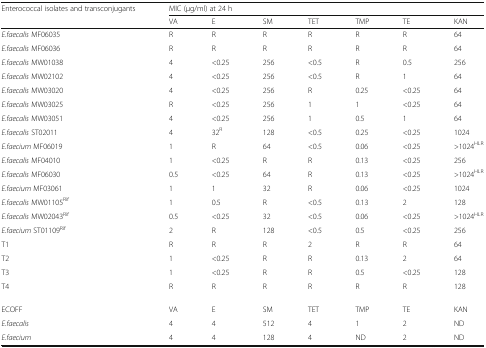
| Enterococcal isolates and transconjugants | <COLSPAN=7> MIC (μg/ml) at 24 h |
 |  | VA | E | SM | TET | TMP | TE | KAN |
 | --- | --- | --- | --- | --- | --- | --- | --- |
 | E.faecalis MF06035 | R | R | R | R | R | R | 64 |
 | E.faecalis MF06036 | R | R | R | R | R | R | 64 |
 | E.faecalis MW01038 | 4 | <0.25 | 256 | <0.5 | R | 0.5 | 256 |
 | E.faecalis MW02102 | 4 | <0.25 | 256 | <0.5 | R | 1 | 64 |
 | E.faecalis MW03020 | 4 | <0.25 | 256 | R | 0.25 | <0.25 | 64 |
 | E.faecalis MW03025 | R | <0.25 | 256 | 1 | 1 | <0.25 | 64 |
 | E.faecalis MW03051 | 4 | <0.25 | 256 | 1 | 0.5 | 1 | 64 |
 | E.faecalis ST02011 | 4 | 32R | 128 | <0.5 | 0.25 | <0.25 | 1024 |
 | E.faecium MF06019 | 1 | R | 64 | <0.5 | 0.06 | <0.25 | >1024HLR |
 | E.faecalis MF04010 | 1 | <0.25 | R | R | 0.13 | <0.25 | 256 |
 | E.faecalis MF06030 | 0.5 | <0.25 | 64 | R | 0.13 | <0.25 | >1024HLR |
 | E.faecium MF03061 | 1 | 1 | 32 | R | 0.06 | <0.25 | 1024 |
 | E.faecalis MW01105Rif | 1 | 0.5 | R | <0.5 | 0.13 | 2 | 128 |
 | E.faecalis MW02043Rif | 0.5 | <0.25 | 32 | <0.5 | 0.06 | <0.25 | >1024HLR |
 | E.faecium ST01109Rif | 2 | R | 128 | <0.5 | 0.5 | <0.25 | 256 |
 | T1 | R | R | R | 2 | R | R | 64 |
 | T2 | 1 | <0.25 | R | R | 0.13 | 2 | 64 |
 | T3 | 1 | <0.25 | R | R | 0.5 | <0.25 | 128 |
 | T4 | R | R | R | R | R | R | 128 |
 | ECOFF | VA | E | SM | TET | TMP | TE | KAN |
 | E.faecalis | 4 | 4 | 512 | 4 | 1 | 2 | ND |
 | E.faecium | 4 | 4 | 128 | 4 | ND | 2 | ND |